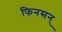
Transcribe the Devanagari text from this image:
फिनसन्‌